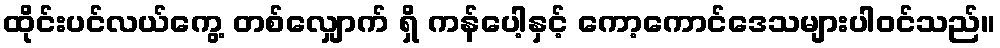
ထိုင်းပင်လယ်ကွေ့ တစ်လျှောက် ရှိ ကန်ပေါ့နှင့် ကော့ကောင်ဒေသများပါဝင်သည်။